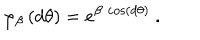
\left. \varphi _ { \beta } \, ( d \theta ) = e ^ { \beta \, \cos \left( d \theta \right) } \right. \ .